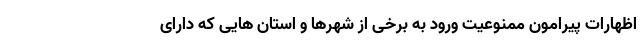
اظهارات پیرامون ممنوعیت ورود به برخی از شهرها و استان هایی که دارای